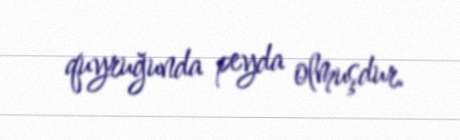
quyruğunda peyda olmuşdur.